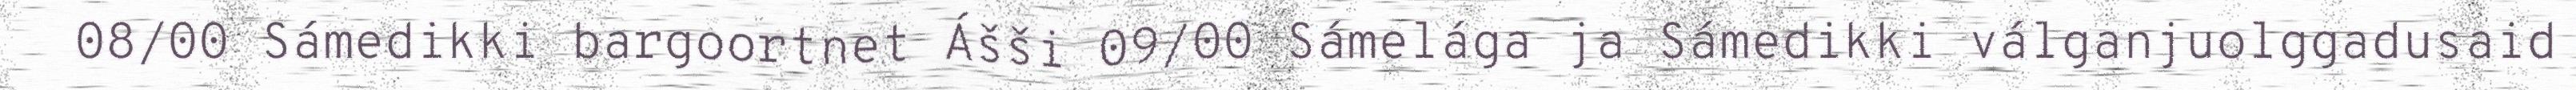
08/00 Sámedikki bargoortnet Ášši 09/00 Sámelága ja Sámedikki válganjuolggadusaid